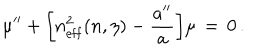
\mu ^ { \prime \prime } + \biggl [ n _ { \mathrm { e f f } } ^ { 2 } ( n , \eta ) - { \frac { a ^ { \prime \prime } } { a } } \biggr ] \mu \, = \, 0 \, .